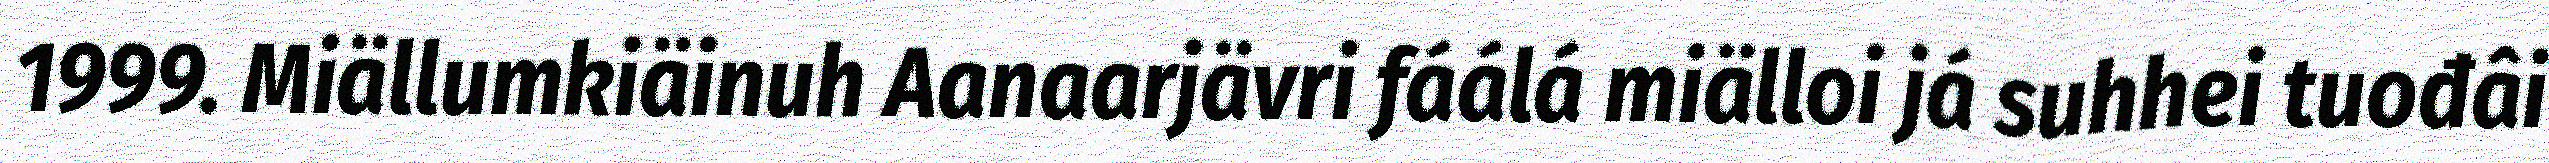
1999. Miällumkiäinuh Aanaarjävri fáálá miälloi já suhhei tuođâi